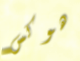
هوكس